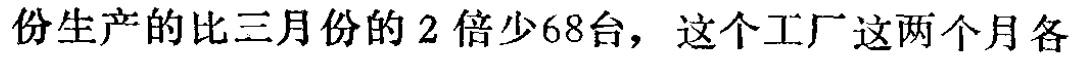
份生产的比三月份的 2 倍少68台，这个工厂这两个月各